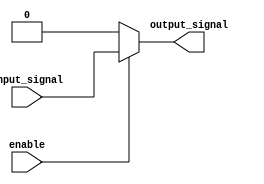
module buffer_enable(
    input wire input_signal,
    input wire enable,
    output reg output_signal
);

always @(*) begin
    if(enable) begin
        output_signal <= input_signal;
    end else begin
        output_signal <= 1'b0; // You can change this constant value as needed
    end
end

endmodule